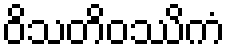
ဝိသတိဝဿိကံ